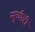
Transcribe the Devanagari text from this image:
सुचीत्री